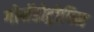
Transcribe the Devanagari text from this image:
गोनॅडोट्रोपिन